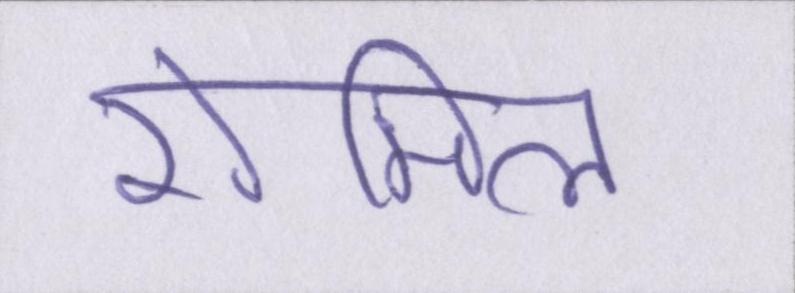
रोमिला